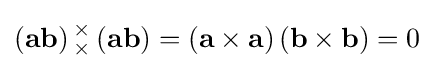
\left(\mathbf {ab} \right){}_{\times }^{\times }\left(\mathbf {ab} \right)=\left(\mathbf {a} \times \mathbf {a} \right)\left(\mathbf {b} \times \mathbf {b} \right)=0